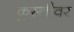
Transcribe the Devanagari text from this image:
कुस्तीवर